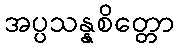
အပ္ပသန္နစိတ္တော